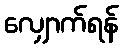
လျှောက်ရန်